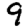
Digit: 9